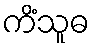
ကိံသူဓ